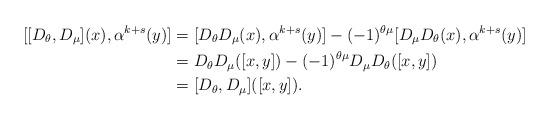
LaTeX: \begin{align*}[[D_{\theta},D_{\mu}](x),\alpha^{k+s}(y)]&=[D_{\theta}D_{\mu}(x),\alpha^{k+s}(y)]-(-1)^{\theta \mu}[D_{\mu}D_{\theta}(x),\alpha^{k+s}(y)]\\&=D_{\theta}D_{\mu}([x,y])-(-1)^{\theta \mu}D_{\mu}D_{\theta}([x,y])\\&=[D_{\theta},D_{\mu}]([x,y]).\end{align*}